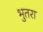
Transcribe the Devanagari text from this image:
भुतरा